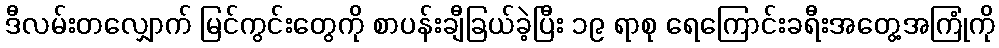
ဒီလမ်းတလျှောက် မြင်ကွင်းတွေကို စာပန်းချီခြယ်ခဲ့ပြီး ၁၉ ရာစု ရေကြောင်းခရီးအတွေ့အကြုံကို